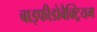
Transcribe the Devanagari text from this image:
बाइफीडोबैक्ट्रियम